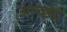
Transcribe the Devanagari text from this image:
आच्छद